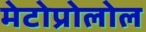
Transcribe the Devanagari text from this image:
मेटोप्रोलोल